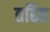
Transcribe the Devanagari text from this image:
तहित